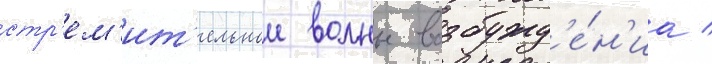
стр'ем'ит'ельнои волны возбужд'е́н'иа /